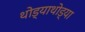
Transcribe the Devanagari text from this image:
थोड्याथोड्या